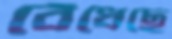
বেঁধেছে